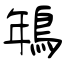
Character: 鵇